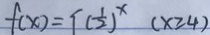
f ( x ) = f ( \frac { 1 } { 2 } ) ^ { x } ( x \geq 4 )